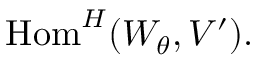
{ \mathrm { H o m } } ^ { H } ( W _ { \theta } , V ^ { \prime } ) .